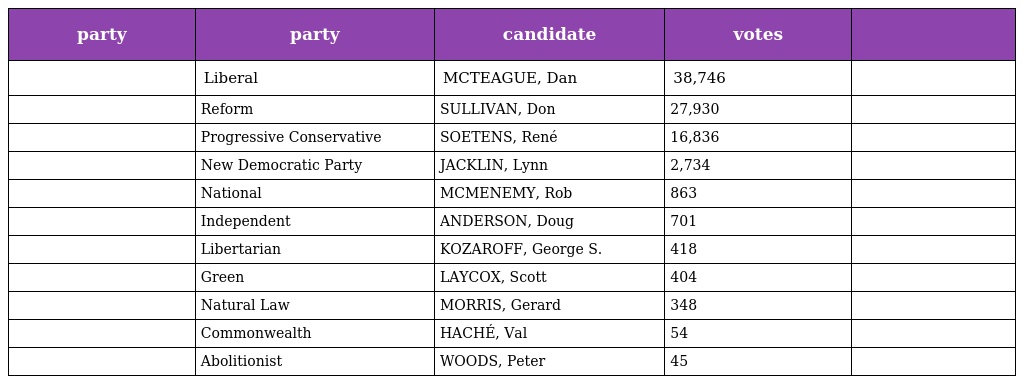
| party | party | candidate | votes |  |
 | --- | --- | --- | --- | --- |
 |  | Liberal | MCTEAGUE, Dan | 38,746 |  |
 |  | Reform | SULLIVAN, Don | 27,930 |  |
 |  | Progressive Conservative | SOETENS, René | 16,836 |  |
 |  | New Democratic Party | JACKLIN, Lynn | 2,734 |  |
 |  | National | MCMENEMY, Rob | 863 |  |
 |  | Independent | ANDERSON, Doug | 701 |  |
 |  | Libertarian | KOZAROFF, George S. | 418 |  |
 |  | Green | LAYCOX, Scott | 404 |  |
 |  | Natural Law | MORRIS, Gerard | 348 |  |
 |  | Commonwealth | HACHÉ, Val | 54 |  |
 |  | Abolitionist | WOODS, Peter | 45 |  |